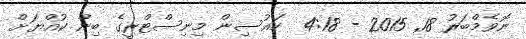
ނޮވެމްބަރު 18